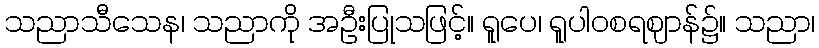
သညာသီသေန၊ သညာကို အဦးပြုသဖြင့်။ ရူပေ၊ ရူပါဝစရဈာန်၌။ သညာ၊